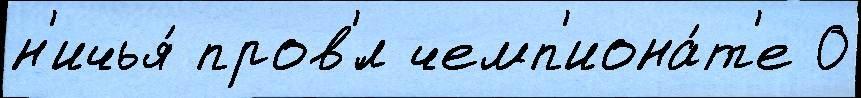
н'ичья́ пров'́л чемп'иона́т'е 0